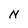
Character: N